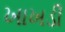
ખાખડી